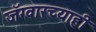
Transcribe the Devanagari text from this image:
जॅग्वारच्याही